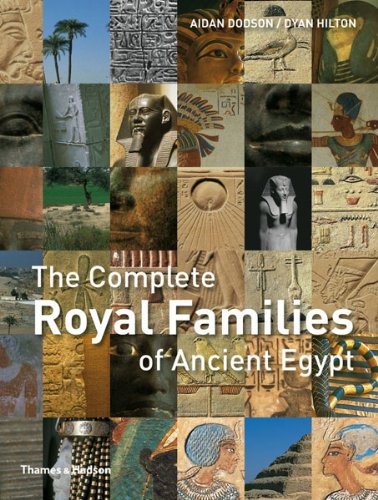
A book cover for The Complete Royal Families of Ancient Egypt (The Complete Series); Aidan Dodson; Biographies & Memoirs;